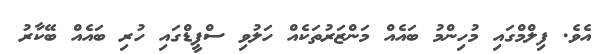
އެވެ. ފިލްމްގައި މުހިންމު ބައެއް މަންޒަރުތަކެއް ހަލުވި ސްޕީޑްގައި ހުރި ބައެއް ބޭކާރު